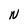
Character: N